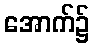
အောက်၌